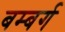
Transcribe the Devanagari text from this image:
बम्बर्ग